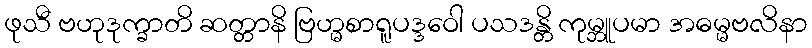
ဖုသီ ဗဟုဒုက္ခာတိ ဆတ္တာနိ ဗြဟ္မစာရူပဒ္ဒဝေါ ပသဒန္တိ ကုမ္ဘူပမာ အဓမ္မဗလိနာ